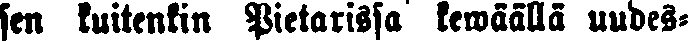
sen kuitenkin Pietarissa kewäällä uudes-